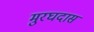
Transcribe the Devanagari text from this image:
मुरघदास